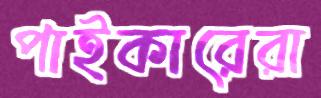
পাইকারেরা